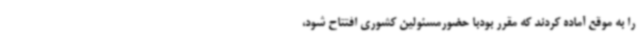
را به موقع آماده کردند که مقرر بودبا حضورمسئولین کشوری افتتاح شود،